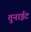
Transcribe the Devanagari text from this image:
तुनाईट